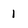
Character: 1